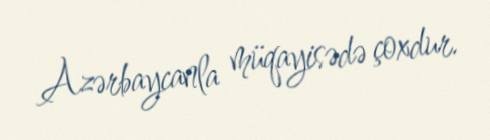
Azərbaycanla müqayisədə çoxdur.